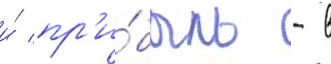
и́ пр'и́быль - в